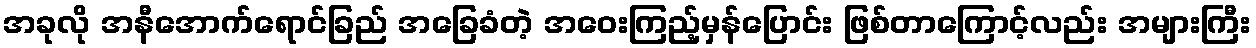
အခုလို အနီအောက်ရောင်ခြည် အခြေခံတဲ့ အဝေးကြည့်မှန်ပြောင်း ဖြစ်တာကြောင့်လည်း အများကြီး